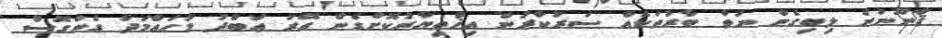
ޤާނޫނުން ލިބިގެން ނުވާ ބާރުތަކެއް ސަރުކާރުން އިޚްތިޔާރުކޮށްގެން އޭރު ޢަބްދު މުޙައްމަދު ގެންގޮސް